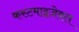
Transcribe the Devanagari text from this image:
कस्टमाइज़ेबल